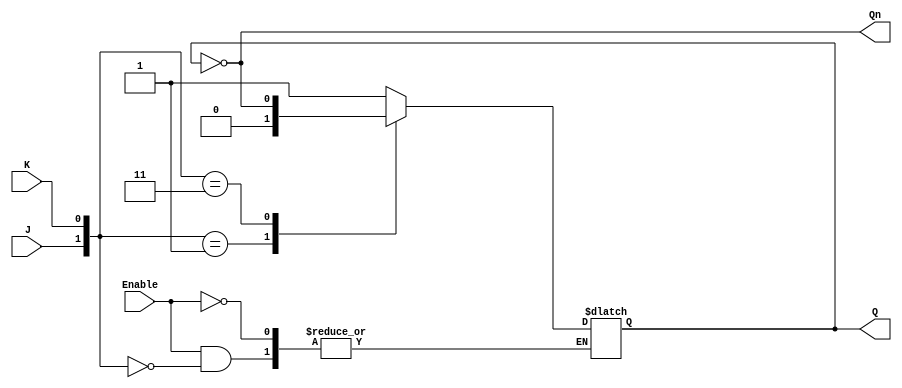
module GatedJKLatch (
    input wire J,       // Set input
    input wire K,       // Reset input
    input wire Enable,  // Enable signal (Clock)
    output reg Q,       // Current state output
    output wire Qn      // Inverted current state output
);

    // Inverted output of Q
    assign Qn = ~Q;

    always @(*) begin
        if (Enable) begin
            case ({J, K})
                2'b10: Q <= 1'b1; // Set condition
                2'b01: Q <= 1'b0; // Reset condition
                2'b11: Q <= ~Q;   // Toggle condition
                2'b00: Q <= Q;    // Hold condition
                default: Q <= Q;  // Maintain current state (redundant case)
            endcase
        end
    end
endmodule